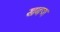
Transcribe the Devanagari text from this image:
खबण